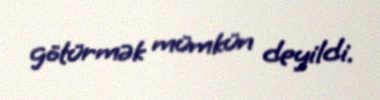
götürmək mümkün deyildi.